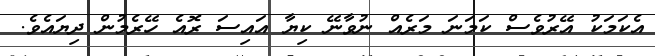
އެކަމަކު އޭރުވެސް ކަމަނަ މަރެއް ނުވާނޭ ކިޔާ އައިސަ ރޮއެ ހޭރެމުން ދިޔައެވެ.